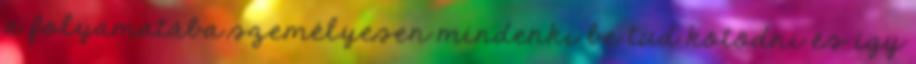
a folyamatába személyesen mindenki be tud kötõdni és így